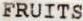
FRUITS